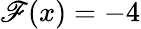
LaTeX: \mathscr{F}(x)=-4